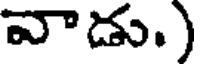
వాడు.)